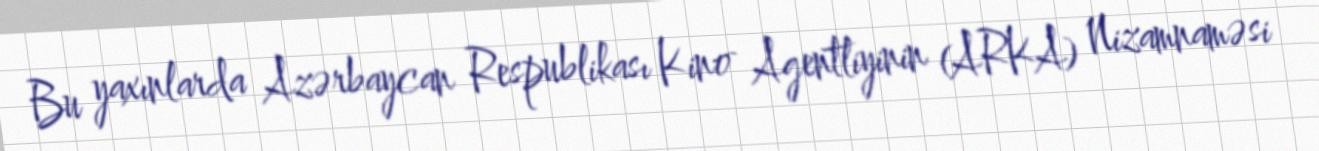
Bu yaxınlarda Azərbaycan Respublikası Kino Agentliyinin (ARKA) Nizamnaməsi